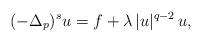
LaTeX: \begin{align*}(-\Delta_p)^s u=f+\lambda\,|u|^{q-2}\,u,\end{align*}